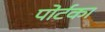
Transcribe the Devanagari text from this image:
पोर्टका